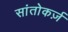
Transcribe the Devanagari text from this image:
सांतोकर्ज़